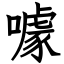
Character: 噱